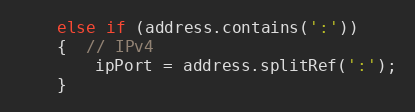
Language: C++
    else if (address.contains(':'))
    {  // IPv4
        ipPort = address.splitRef(':');
    }